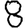
Digit: 8